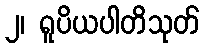
၂၊ ရူပိယပါတိသုတ်